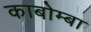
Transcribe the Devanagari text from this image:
काबोम्बा